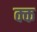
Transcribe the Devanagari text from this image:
क्क